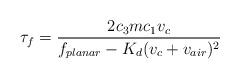
LaTeX: \begin{align*}\tau_f = \frac{2 c_3 m c_1 v_c}{f_{planar} - K_d (v_c + v_{air})^2}\end{align*}